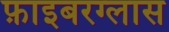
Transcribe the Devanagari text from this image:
फ़ाइबरग्लास